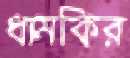
ধামকির